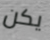
يكن